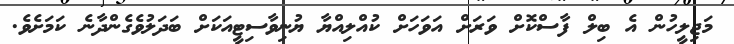
މަޖިލީހުން އެ ބިލް ފާސްކޮށް ވަރަށް އަވަހަށް ކުއްލިއްޔާ ޔުނިވާސިޓީއަކަށް ބަދަލުވެގެންދާނެ ކަމަށެވެ.